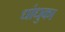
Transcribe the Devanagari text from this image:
धांधुका